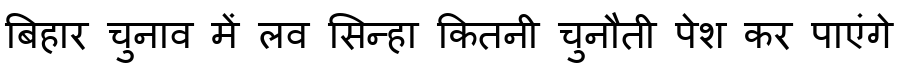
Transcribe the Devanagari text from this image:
बिहार चुनाव में लव सिन्हा कितनी चुनौती पेश कर पाएंगे